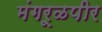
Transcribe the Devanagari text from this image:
मंगरूळपीर